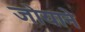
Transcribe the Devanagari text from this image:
जोयाने